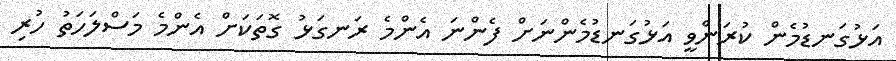
އަޅުގަނޑުމެން ކުރަންވީ އަޅުގަނޑުމެންނަށް ފެންނަ އެންމެ ރަނގަޅު ގޮތަކަށް އެންމެ މަސްލަހަތު ހުރި